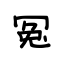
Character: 冤